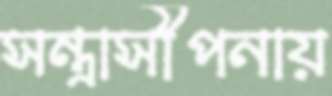
সন্ত্রাসীপনায়